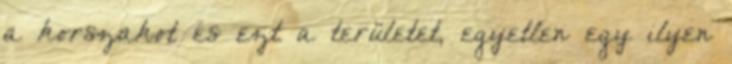
a korszakot és ezt a területet, egyetlen egy ilyen